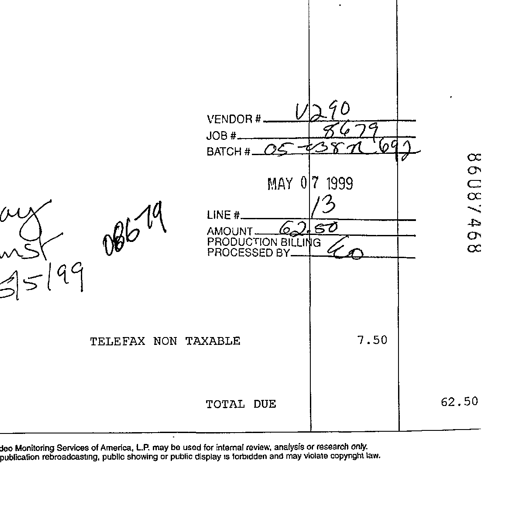
VENDOR # V290
JOB # 8679
BATCH # 05-038N 692
08679 MAY 07 1999 86087468
LINE # 13
AMOUNT 62.50
PRODUCTION BILLING LO
PROCESSED BY
TELEFAX NON TAXABLE 7.50
TOTAL DUE 62.50
Monitoring Services of America, L.P. may be used for internal review, analysis or research only.
rebroadcasting, public showing or public display is forbidden and may violate copyright law.